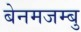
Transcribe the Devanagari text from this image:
बेनमजम्बु